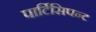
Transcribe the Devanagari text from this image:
पार्टिसिपन्ट